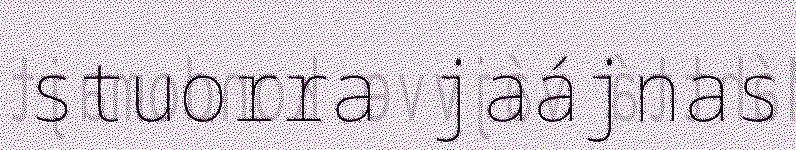
stuorra jaájnas